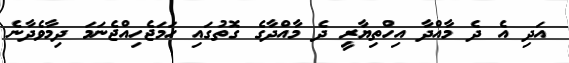
އަދި އެ ދެ މާއްދާ އިހްތިޔާރީ ދެ މާއްދާގެ ގޮތުގައި ހަމަޖެހިއްޖެނަމަ ދިމާވެދާނެ